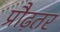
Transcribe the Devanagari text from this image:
प्रौढ़तर